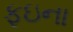
ફઇના